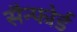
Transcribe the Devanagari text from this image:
सैन्फोर्ड